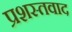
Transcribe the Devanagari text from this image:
प्रशस्तवाद